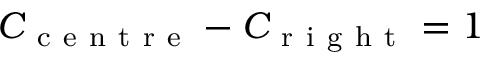
C _ { \mathrm { ~ c ~ e ~ n ~ t ~ r ~ e ~ } } - C _ { \mathrm { ~ r ~ i ~ g ~ h ~ t ~ } } = 1